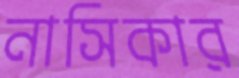
নাসিকার